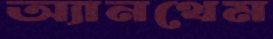
অ্যানথেম